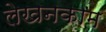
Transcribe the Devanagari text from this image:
लेखनकाम